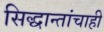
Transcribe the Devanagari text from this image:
सिद्धान्तांचाही